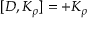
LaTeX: [ D , K _ { \rho } ] = + K _ { \rho }